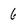
Character: 6